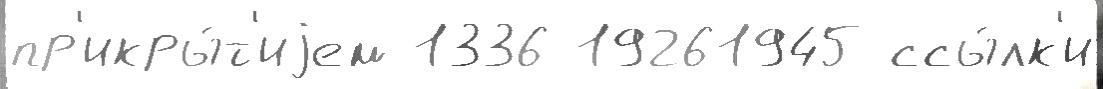
пр'икры́т'иjем 1336 19261945 ссы́лк'и